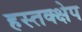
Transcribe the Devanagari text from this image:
हस्तक्क्षेप